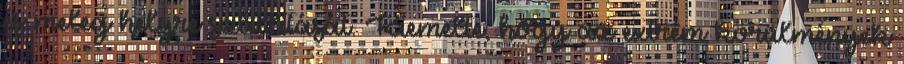
és meleg helyre szállítását. Kiemelte, hogy az extrém körülmények